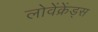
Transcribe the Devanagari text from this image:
लोवेंक्रेंड्स